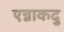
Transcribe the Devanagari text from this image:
एन्नाकदु